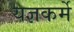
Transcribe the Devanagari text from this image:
यज्ञकर्मे